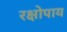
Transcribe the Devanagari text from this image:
रक्षोपाय